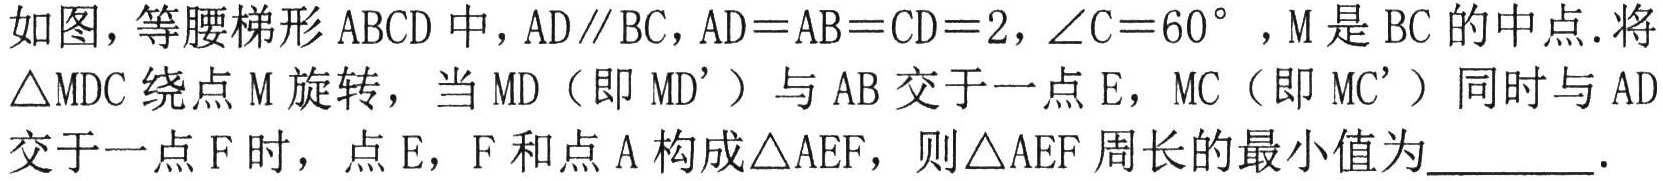
如图，等腰梯形 \(ABCD\) 中，\(AD\parallel BC\)，\(AD = AB = CD = 2\)，\(\angle C = 60^{\circ}\) ，\(M\) 是 \(BC\) 的中点．将 \(\triangle MDC\) 绕点 \(M\) 旋转，当 \(MD\)（即 \(MD'\)）与 \(AB\) 交于一点 \(E\)，\(MC\)（即 \(MC'\)）同时与 \(AD\) 交于一点 \(F\) 时，点 \(E\)，\(F\) 和点 \(A\) 构成 \(\triangle AEF\)，则 \(\triangle AEF\) 周长的最小值为_________．